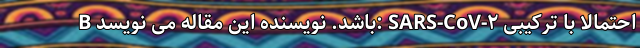
B باشد. نویسنده این مقاله می نویسد: SARS-CoV-۲ احتمالاً با ترکیبی